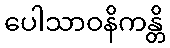
ပေါသာဝနိကန္တိ